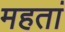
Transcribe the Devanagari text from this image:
महतां